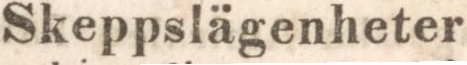
Skeppslägenheter.